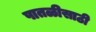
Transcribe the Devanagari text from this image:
पातळीसाठी